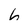
Character: 6